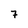
Character: 7